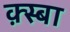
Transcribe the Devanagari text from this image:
क़्स्बा